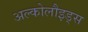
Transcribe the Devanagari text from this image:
अल्कोलौइड्स